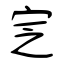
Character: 窆